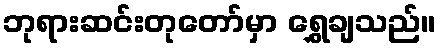
ဘုရားဆင်းတုတော်မှာ ရွှေချသည်။